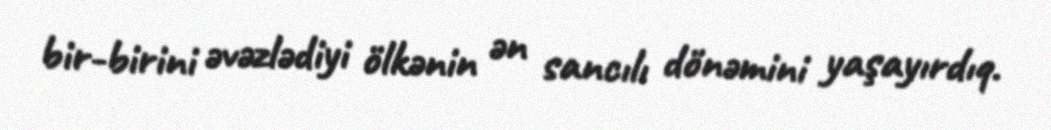
bir-birini əvəzlədiyi ölkənin ən sancılı dönəmini yaşayırdıq.